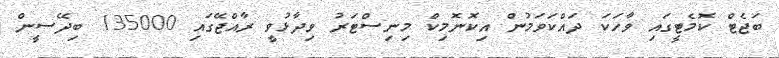
ބަޖެޓް ކޮމެޓީގައި ވާހަކަ ދައްކަވަމުން އިކޮނޮމިކް މިނިސްޓަރު ވިދާޅުވީ ރާއްޖޭގައި 135000 ބިދޭސީން